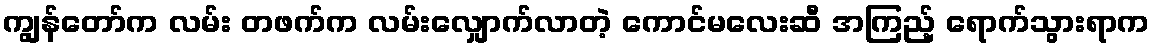
ကျွန်တော်က လမ်း တဖက်က လမ်းလျှောက်လာတဲ့ ကောင်မလေးဆီ အကြည့် ရောက်သွားရာက